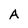
Character: A